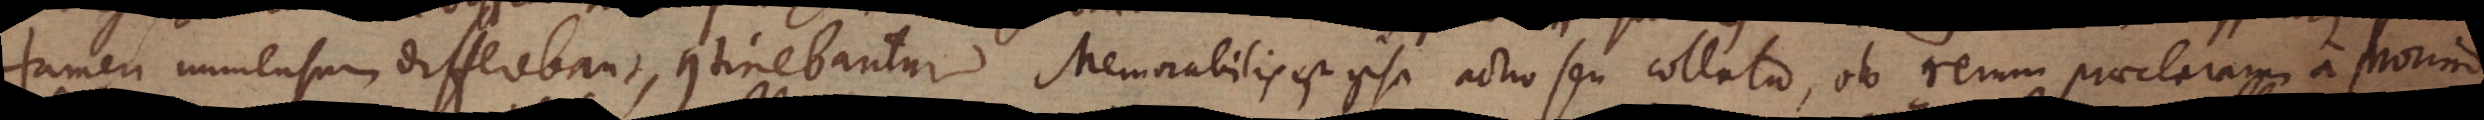
tamen immensum differebant, continebantur. Memorabilis est ipsa actio seu collatio, ob rerum praeclaram a Morino